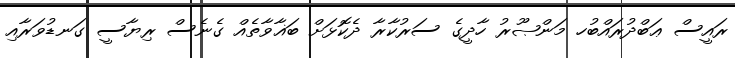
ރައީސް ޢަބްދުރައްބުހ މަންޞޫރު ހާދީގެ ސަރުކާރާ ދެކޮޅަށް ބަޣާވާތެއް ގެނެސް ރިޔާސީ ގަނޑުވަރާއި